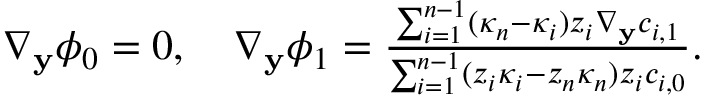
\begin{array} { r } { \nabla _ { \mathbf { y } } \phi _ { 0 } = 0 , \quad \nabla _ { \mathbf { y } } \phi _ { 1 } = \frac { \sum _ { i = 1 } ^ { n - 1 } ( \kappa _ { n } - \kappa _ { i } ) z _ { i } \nabla _ { \mathbf { y } } c _ { i , 1 } } { \sum _ { i = 1 } ^ { n - 1 } ( z _ { i } \kappa _ { i } - z _ { n } \kappa _ { n } ) z _ { i } c _ { i , 0 } } . } \end{array}